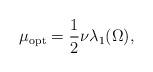
LaTeX: \begin{align*}\mu_{\mathrm{opt}}=\frac12 \nu \lambda_1(\Omega),\end{align*}